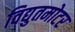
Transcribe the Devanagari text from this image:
विद्युतमोटर